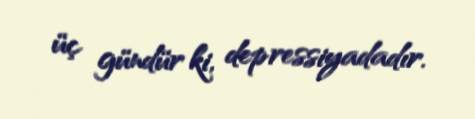
üç gündür ki, depressiyadadır.